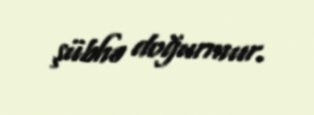
şübhə doğurmur.